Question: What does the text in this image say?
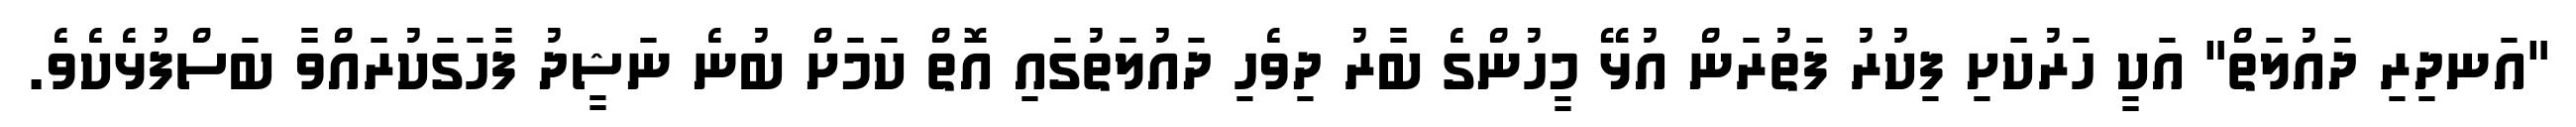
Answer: "އަނދިރި ދައުލަތް" އަކީ ހަރުކަށި ފިކުރު ފަތުރަން އުޅޭ މީހުންގެ ބާރު ދިވެހި ދައުލަތުގައި އޮތް ކަމަށް ބުނެ ނަޝީދު ފާހަގަކުރައްވާ ބަސްފުޅެކެވެ.